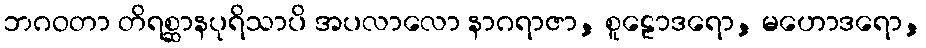
ဘဂဝတာ တိရစ္ဆာနပုရိသာပိ အပလာလော နာဂရာဇာ, စူဠောဒရော, မဟောဒရော,